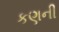
કણની